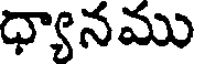
ధ్యానము